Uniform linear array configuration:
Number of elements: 24
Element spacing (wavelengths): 0.5
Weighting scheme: uniform
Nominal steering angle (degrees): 15
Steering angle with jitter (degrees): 13.513
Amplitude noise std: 0.05
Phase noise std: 0.05

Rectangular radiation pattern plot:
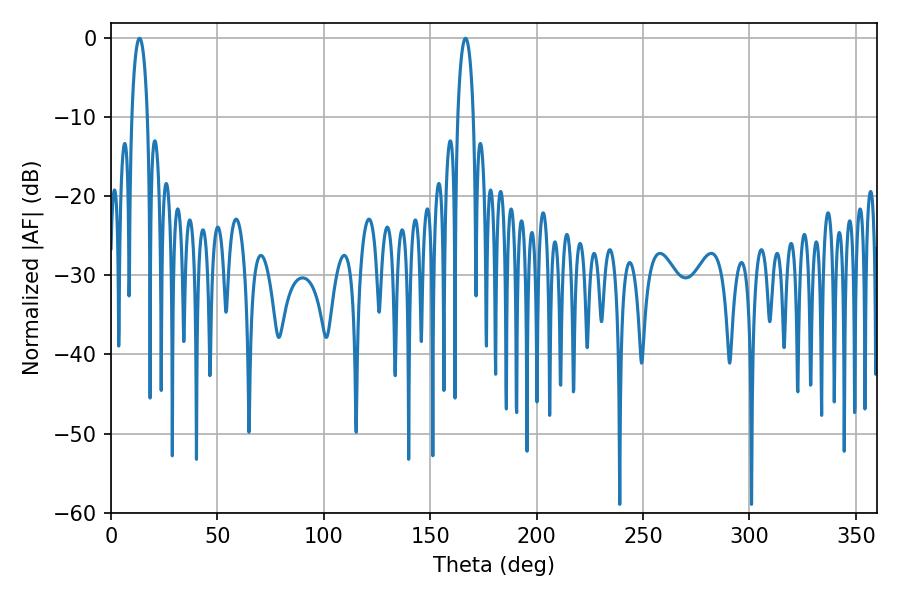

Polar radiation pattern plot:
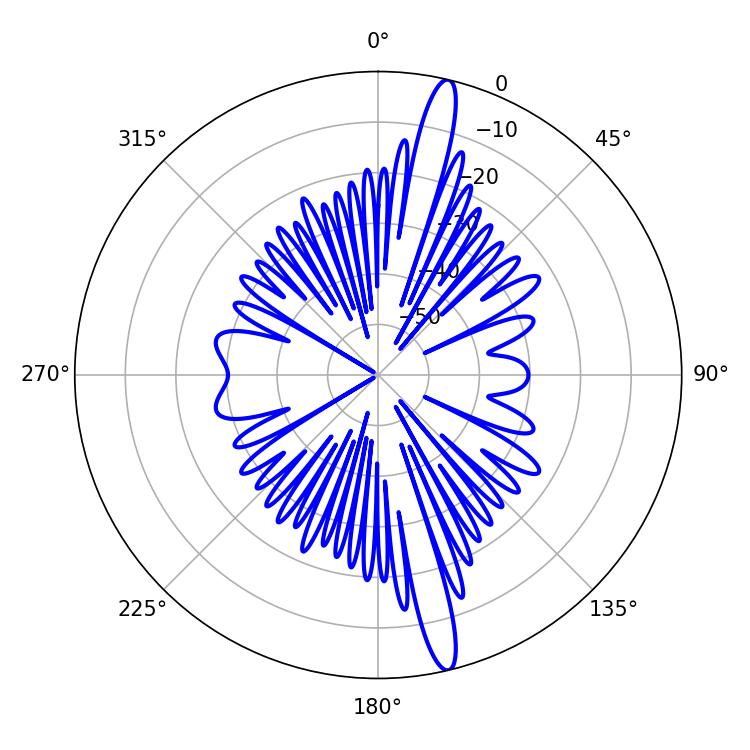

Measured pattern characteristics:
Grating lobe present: FALSE
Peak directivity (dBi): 17.117
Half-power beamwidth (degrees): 4.14
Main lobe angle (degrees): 13.32